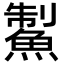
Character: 䱥